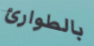
بالطوارئ